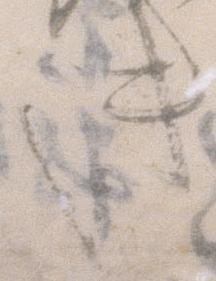
き